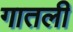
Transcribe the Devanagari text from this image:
गातली